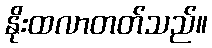
နိုးထလာတတ်သည်။